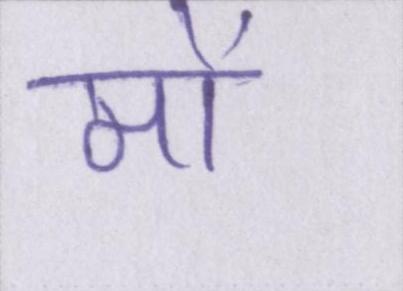
मो